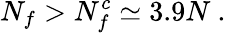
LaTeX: N_{f}>N_{f}^{c}\simeq 3.9N\ .